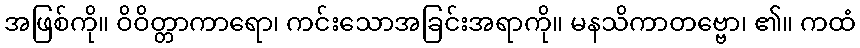
အဖြစ်ကို။ ဝိဝိတ္တာကာရော၊ ကင်းသောအခြင်းအရာကို။ မနသိကာတဗ္ဗော၊ ၏။ ကထံ